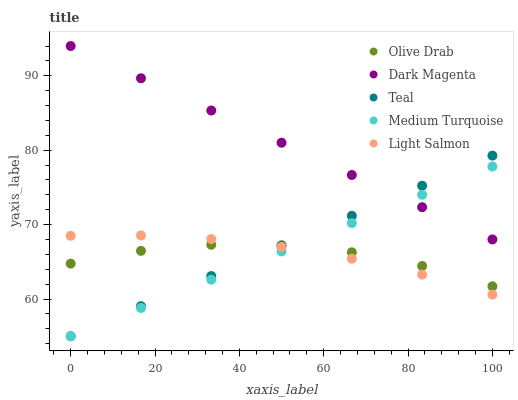
| xaxis_label | Olive Drab | Dark Magenta | Teal | Medium Turquoise | Light Salmon |
 | --- | --- | --- | --- | --- | --- |
 | 0 | 64.8 | 94 | 55 | 55 | 68.5 |
 | 16.7 | 66.5 | 89.7 | 59 | 58.8 | 68.6 |
 | 33.3 | 67.3 | 85.3 | 63.1 | 62.6 | 68.1 |
 | 50 | 67.2 | 81 | 67.1 | 66.4 | 67 |
 | 66.7 | 66.3 | 76.7 | 71.2 | 70.2 | 65.4 |
 | 83.3 | 64.4 | 72.3 | 75.2 | 74 | 63.3 |
 | 100 | 61.7 | 68 | 79.3 | 77.8 | 60.6 |